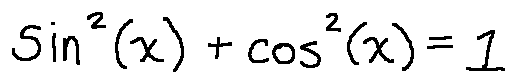
\sin ^ { 2 } ( x ) + \cos ^ { 2 } ( x ) = 1